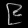
Digit: ၉